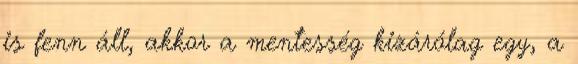
is fenn áll, akkor a mentesség kizárólag egy, a